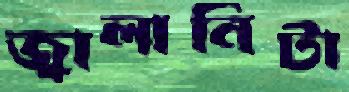
জ্বালানিটা